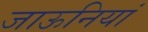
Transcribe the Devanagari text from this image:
जाऊनियां